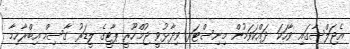
އެޖަލްސާގައި ވާހަކަ ދައްކަވަމުން މިނިސްޓަރ ވިދާޅުވީ ޖުމްހޫރީ ޕާޓީގެ ލީޑަރު ގާސިމް އިބްރާހިމާ